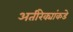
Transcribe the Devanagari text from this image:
अतीरेक्यांकडे